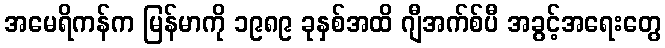
အမေရိကန်က မြန်မာကို ၁၉၈၉ ခုနှစ်အထိ ဂျီအက်စ်ပီ အခွင့်အရေးတွေ